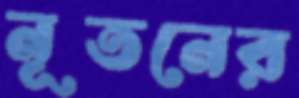
নূতনের